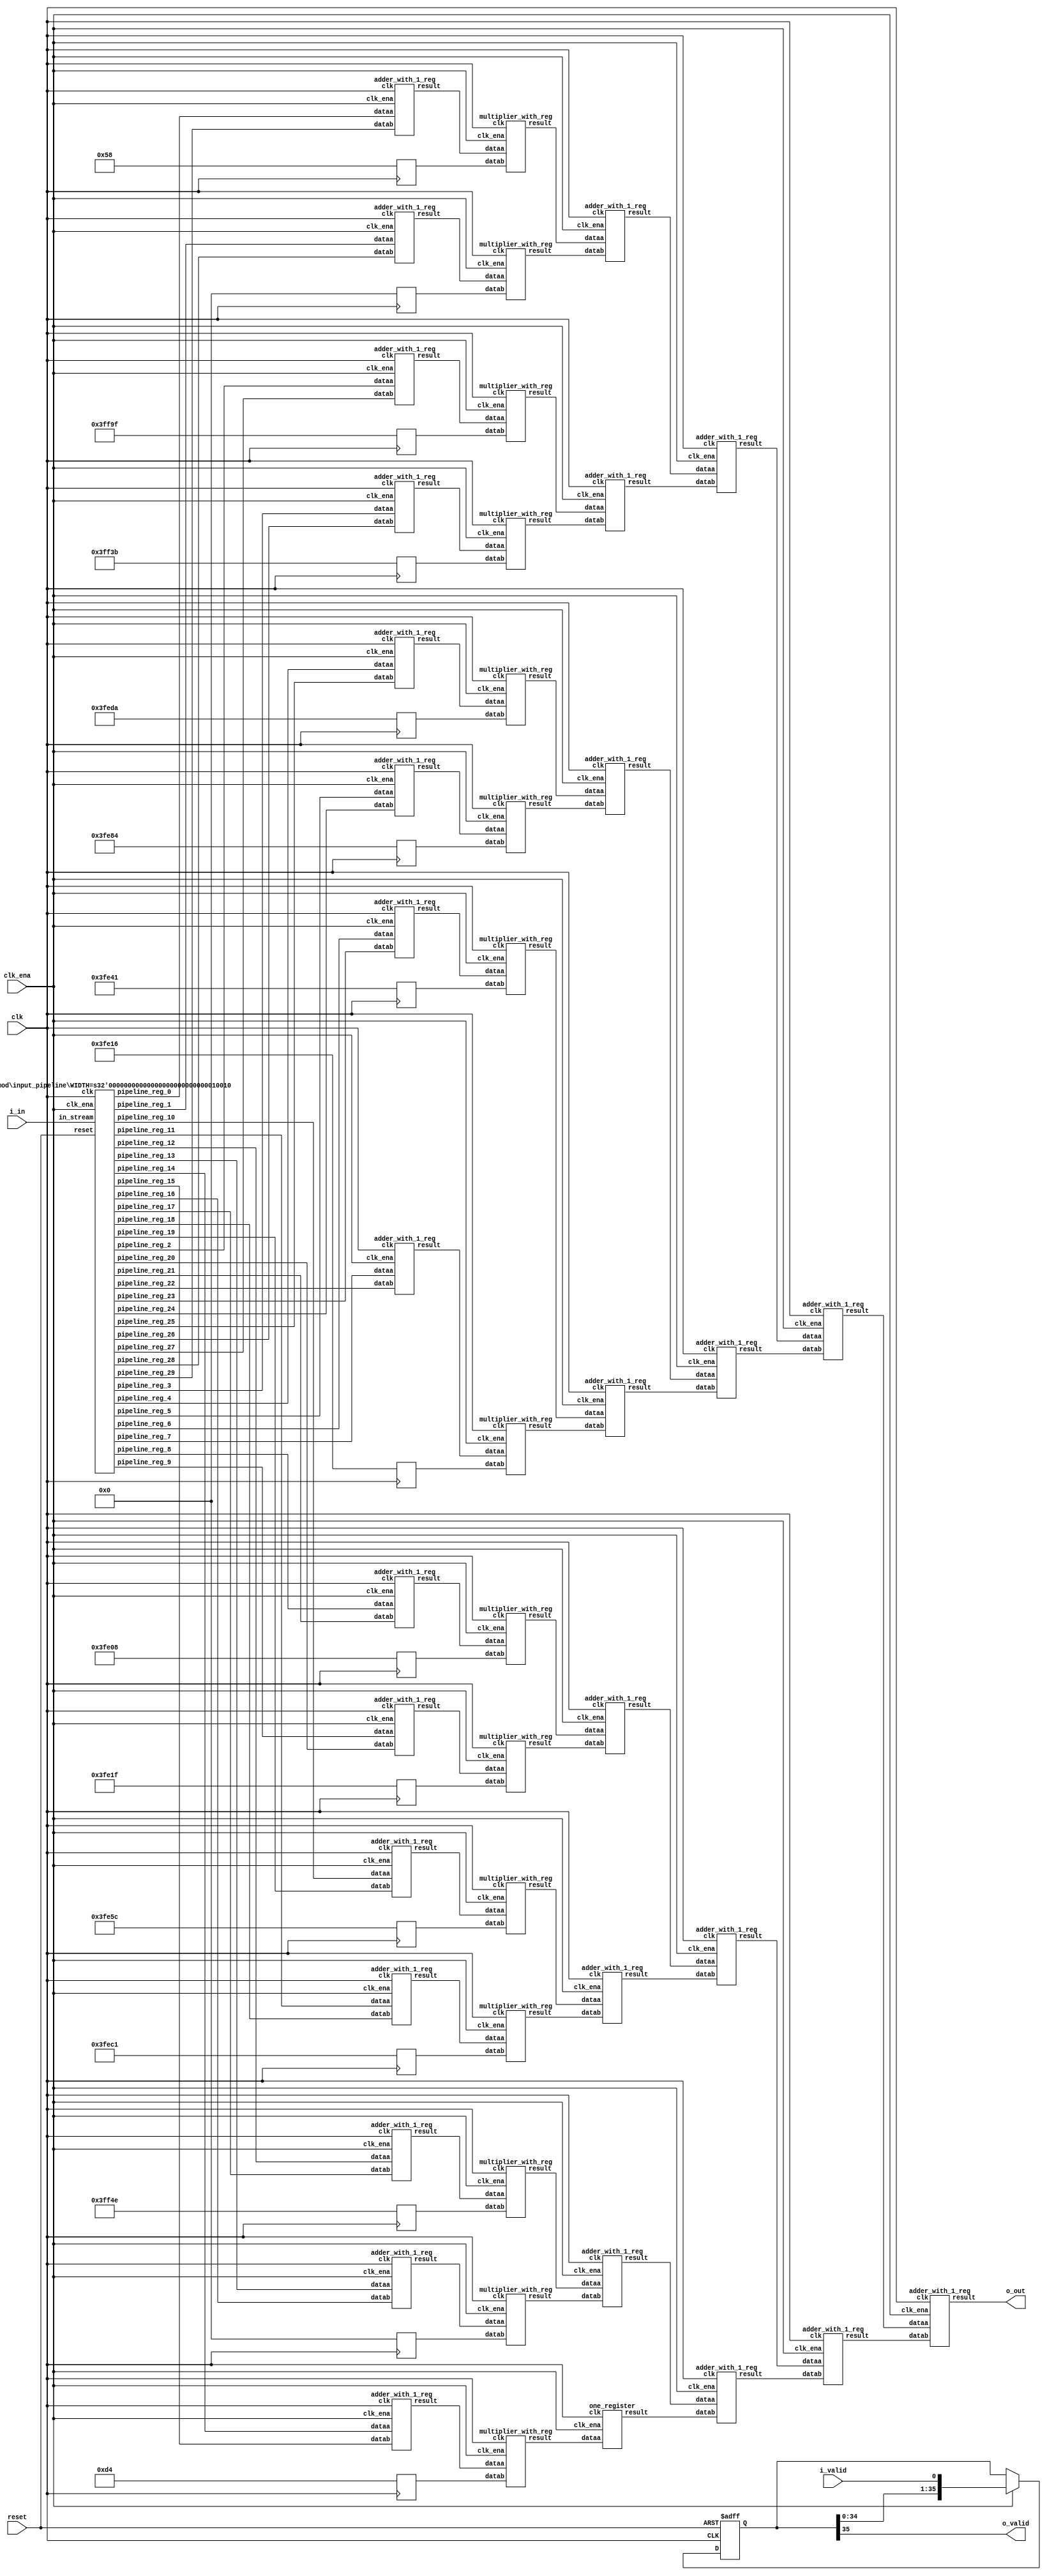
// CONFIG:
// NUM_COEFF = 30
// PIPLINED = 1

// WARNING: more than enough COEFFICIENTS in array (there are 26, and we only need 15)
module fir (
	clk,
	reset,
	clk_ena,
	i_valid,
	i_in,
	o_valid,
	o_out
);
	// Data Width
	parameter dw = 18; //Data input/output bits

	// Number of filter coefficients
	parameter N = 30;
	parameter N_UNIQ = 15; // ciel(N/2) assuming symmetric filter coefficients

	//Number of extra valid cycles needed to align output (i.e. computation pipeline depth + input/output registers
	localparam N_VALID_REGS = 36;

	input clk;
	input reset;
	input clk_ena;
	input i_valid;
	input [dw-1:0] i_in; // signed
	output o_valid;
	output [dw-1:0] o_out; // signed

	// Data Width dervied parameters
	localparam dw_add_int = 18; //Internal adder precision bits
	localparam dw_mult_int = 36; //Internal multiplier precision bits
	localparam scale_factor = 17; //Multiplier normalization shift amount

	// Number of extra registers in INPUT_PIPELINE_REG to prevent contention for CHAIN_END's chain adders
	localparam N_INPUT_REGS = 30;

	// Debug
	// initial begin
	// 	$display ("Data Width: %d", dw);
	// 	$display ("Data Width Add Internal: %d", dw_add_int);
	// 	$display ("Data Width Mult Internal: %d", dw_mult_int);
	// 	$display ("Scale Factor: %d", scale_factor);
	// end

	reg [dw-1:0] COEFFICIENT_0;
	reg [dw-1:0] COEFFICIENT_1;
	reg [dw-1:0] COEFFICIENT_2;
	reg [dw-1:0] COEFFICIENT_3;
	reg [dw-1:0] COEFFICIENT_4;
	reg [dw-1:0] COEFFICIENT_5;
	reg [dw-1:0] COEFFICIENT_6;
	reg [dw-1:0] COEFFICIENT_7;
	reg [dw-1:0] COEFFICIENT_8;
	reg [dw-1:0] COEFFICIENT_9;
	reg [dw-1:0] COEFFICIENT_10;
	reg [dw-1:0] COEFFICIENT_11;
	reg [dw-1:0] COEFFICIENT_12;
	reg [dw-1:0] COEFFICIENT_13;
	reg [dw-1:0] COEFFICIENT_14;

	always@(posedge clk) begin
		COEFFICIENT_0 <= 18'd88;
		COEFFICIENT_1 <= 18'd0;
		COEFFICIENT_2 <= -18'd97;
		COEFFICIENT_3 <= -18'd197;
		COEFFICIENT_4 <= -18'd294;
		COEFFICIENT_5 <= -18'd380;
		COEFFICIENT_6 <= -18'd447;
		COEFFICIENT_7 <= -18'd490;
		COEFFICIENT_8 <= -18'd504;
		COEFFICIENT_9 <= -18'd481;
		COEFFICIENT_10 <= -18'd420;
		COEFFICIENT_11 <= -18'd319;
		COEFFICIENT_12 <= -18'd178;
		COEFFICIENT_13 <= 18'd0;
		COEFFICIENT_14 <= 18'd212;
	end

	////******************************************************
	// *
	// * Valid Delay Pipeline
	// *
	// *****************************************************
	//Input valid signal is pipelined to become output valid signal

	//Valid registers
	reg [N_VALID_REGS-1:0] VALID_PIPELINE_REGS;

	always@(posedge clk or posedge reset) begin
		if(reset) begin
			VALID_PIPELINE_REGS <= 0;
		end else begin
			if(clk_ena) begin
				VALID_PIPELINE_REGS <= {VALID_PIPELINE_REGS[N_VALID_REGS-2:0], i_valid};
			end else begin
				VALID_PIPELINE_REGS <= VALID_PIPELINE_REGS;
			end
		end
	end

	////******************************************************
	// *
	// * Input Register Pipeline
	// *
	// *****************************************************
	//Pipelined input values

	//Input value registers

	wire [dw-1:0] INPUT_PIPELINE_REG_0;
	wire [dw-1:0] INPUT_PIPELINE_REG_1;
	wire [dw-1:0] INPUT_PIPELINE_REG_2;
	wire [dw-1:0] INPUT_PIPELINE_REG_3;
	wire [dw-1:0] INPUT_PIPELINE_REG_4;
	wire [dw-1:0] INPUT_PIPELINE_REG_5;
	wire [dw-1:0] INPUT_PIPELINE_REG_6;
	wire [dw-1:0] INPUT_PIPELINE_REG_7;
	wire [dw-1:0] INPUT_PIPELINE_REG_8;
	wire [dw-1:0] INPUT_PIPELINE_REG_9;
	wire [dw-1:0] INPUT_PIPELINE_REG_10;
	wire [dw-1:0] INPUT_PIPELINE_REG_11;
	wire [dw-1:0] INPUT_PIPELINE_REG_12;
	wire [dw-1:0] INPUT_PIPELINE_REG_13;
	wire [dw-1:0] INPUT_PIPELINE_REG_14;
	wire [dw-1:0] INPUT_PIPELINE_REG_15;
	wire [dw-1:0] INPUT_PIPELINE_REG_16;
	wire [dw-1:0] INPUT_PIPELINE_REG_17;
	wire [dw-1:0] INPUT_PIPELINE_REG_18;
	wire [dw-1:0] INPUT_PIPELINE_REG_19;
	wire [dw-1:0] INPUT_PIPELINE_REG_20;
	wire [dw-1:0] INPUT_PIPELINE_REG_21;
	wire [dw-1:0] INPUT_PIPELINE_REG_22;
	wire [dw-1:0] INPUT_PIPELINE_REG_23;
	wire [dw-1:0] INPUT_PIPELINE_REG_24;
	wire [dw-1:0] INPUT_PIPELINE_REG_25;
	wire [dw-1:0] INPUT_PIPELINE_REG_26;
	wire [dw-1:0] INPUT_PIPELINE_REG_27;
	wire [dw-1:0] INPUT_PIPELINE_REG_28;
	wire [dw-1:0] INPUT_PIPELINE_REG_29;

	input_pipeline in_pipe(
		.clk(clk), .clk_ena(clk_ena),
		.in_stream(i_in),
		.pipeline_reg_0(INPUT_PIPELINE_REG_0),
		.pipeline_reg_1(INPUT_PIPELINE_REG_1),
		.pipeline_reg_2(INPUT_PIPELINE_REG_2),
		.pipeline_reg_3(INPUT_PIPELINE_REG_3),
		.pipeline_reg_4(INPUT_PIPELINE_REG_4),
		.pipeline_reg_5(INPUT_PIPELINE_REG_5),
		.pipeline_reg_6(INPUT_PIPELINE_REG_6),
		.pipeline_reg_7(INPUT_PIPELINE_REG_7),
		.pipeline_reg_8(INPUT_PIPELINE_REG_8),
		.pipeline_reg_9(INPUT_PIPELINE_REG_9),
		.pipeline_reg_10(INPUT_PIPELINE_REG_10),
		.pipeline_reg_11(INPUT_PIPELINE_REG_11),
		.pipeline_reg_12(INPUT_PIPELINE_REG_12),
		.pipeline_reg_13(INPUT_PIPELINE_REG_13),
		.pipeline_reg_14(INPUT_PIPELINE_REG_14),
		.pipeline_reg_15(INPUT_PIPELINE_REG_15),
		.pipeline_reg_16(INPUT_PIPELINE_REG_16),
		.pipeline_reg_17(INPUT_PIPELINE_REG_17),
		.pipeline_reg_18(INPUT_PIPELINE_REG_18),
		.pipeline_reg_19(INPUT_PIPELINE_REG_19),
		.pipeline_reg_20(INPUT_PIPELINE_REG_20),
		.pipeline_reg_21(INPUT_PIPELINE_REG_21),
		.pipeline_reg_22(INPUT_PIPELINE_REG_22),
		.pipeline_reg_23(INPUT_PIPELINE_REG_23),
		.pipeline_reg_24(INPUT_PIPELINE_REG_24),
		.pipeline_reg_25(INPUT_PIPELINE_REG_25),
		.pipeline_reg_26(INPUT_PIPELINE_REG_26),
		.pipeline_reg_27(INPUT_PIPELINE_REG_27),
		.pipeline_reg_28(INPUT_PIPELINE_REG_28),
		.pipeline_reg_29(INPUT_PIPELINE_REG_29),
		.reset(reset)	);
	defparam in_pipe.WIDTH = 18; // = dw
	////******************************************************
	// *
	// * Computation Pipeline
	// *
	// *****************************************************

	// ************************* LEVEL 0 *************************   
	wire [dw-1:0] L0_output_wires_0;
	wire [dw-1:0] L0_output_wires_1;
	wire [dw-1:0] L0_output_wires_2;
	wire [dw-1:0] L0_output_wires_3;
	wire [dw-1:0] L0_output_wires_4;
	wire [dw-1:0] L0_output_wires_5;
	wire [dw-1:0] L0_output_wires_6;
	wire [dw-1:0] L0_output_wires_7;
	wire [dw-1:0] L0_output_wires_8;
	wire [dw-1:0] L0_output_wires_9;
	wire [dw-1:0] L0_output_wires_10;
	wire [dw-1:0] L0_output_wires_11;
	wire [dw-1:0] L0_output_wires_12;
	wire [dw-1:0] L0_output_wires_13;
	wire [dw-1:0] L0_output_wires_14;

	adder_with_1_reg L0_adder_0and29(
		.clk(clk), .clk_ena(clk_ena),
		.dataa (INPUT_PIPELINE_REG_0),
		.datab (INPUT_PIPELINE_REG_29),
		.result(L0_output_wires_0)
	);

	adder_with_1_reg L0_adder_1and28(
		.clk(clk), .clk_ena(clk_ena),
		.dataa (INPUT_PIPELINE_REG_1),
		.datab (INPUT_PIPELINE_REG_28),
		.result(L0_output_wires_1)
	);

	adder_with_1_reg L0_adder_2and27(
		.clk(clk), .clk_ena(clk_ena),
		.dataa (INPUT_PIPELINE_REG_2),
		.datab (INPUT_PIPELINE_REG_27),
		.result(L0_output_wires_2)
	);

	adder_with_1_reg L0_adder_3and26(
		.clk(clk), .clk_ena(clk_ena),
		.dataa (INPUT_PIPELINE_REG_3),
		.datab (INPUT_PIPELINE_REG_26),
		.result(L0_output_wires_3)
	);

	adder_with_1_reg L0_adder_4and25(
		.clk(clk), .clk_ena(clk_ena),
		.dataa (INPUT_PIPELINE_REG_4),
		.datab (INPUT_PIPELINE_REG_25),
		.result(L0_output_wires_4)
	);

	adder_with_1_reg L0_adder_5and24(
		.clk(clk), .clk_ena(clk_ena),
		.dataa (INPUT_PIPELINE_REG_5),
		.datab (INPUT_PIPELINE_REG_24),
		.result(L0_output_wires_5)
	);

	adder_with_1_reg L0_adder_6and23(
		.clk(clk), .clk_ena(clk_ena),
		.dataa (INPUT_PIPELINE_REG_6),
		.datab (INPUT_PIPELINE_REG_23),
		.result(L0_output_wires_6)
	);

	adder_with_1_reg L0_adder_7and22(
		.clk(clk), .clk_ena(clk_ena),
		.dataa (INPUT_PIPELINE_REG_7),
		.datab (INPUT_PIPELINE_REG_22),
		.result(L0_output_wires_7)
	);

	adder_with_1_reg L0_adder_8and21(
		.clk(clk), .clk_ena(clk_ena),
		.dataa (INPUT_PIPELINE_REG_8),
		.datab (INPUT_PIPELINE_REG_21),
		.result(L0_output_wires_8)
	);

	adder_with_1_reg L0_adder_9and20(
		.clk(clk), .clk_ena(clk_ena),
		.dataa (INPUT_PIPELINE_REG_9),
		.datab (INPUT_PIPELINE_REG_20),
		.result(L0_output_wires_9)
	);

	adder_with_1_reg L0_adder_10and19(
		.clk(clk), .clk_ena(clk_ena),
		.dataa (INPUT_PIPELINE_REG_10),
		.datab (INPUT_PIPELINE_REG_19),
		.result(L0_output_wires_10)
	);

	adder_with_1_reg L0_adder_11and18(
		.clk(clk), .clk_ena(clk_ena),
		.dataa (INPUT_PIPELINE_REG_11),
		.datab (INPUT_PIPELINE_REG_18),
		.result(L0_output_wires_11)
	);

	adder_with_1_reg L0_adder_12and17(
		.clk(clk), .clk_ena(clk_ena),
		.dataa (INPUT_PIPELINE_REG_12),
		.datab (INPUT_PIPELINE_REG_17),
		.result(L0_output_wires_12)
	);

	adder_with_1_reg L0_adder_13and16(
		.clk(clk), .clk_ena(clk_ena),
		.dataa (INPUT_PIPELINE_REG_13),
		.datab (INPUT_PIPELINE_REG_16),
		.result(L0_output_wires_13)
	);

	adder_with_1_reg L0_adder_14and15(
		.clk(clk), .clk_ena(clk_ena),
		.dataa (INPUT_PIPELINE_REG_14),
		.datab (INPUT_PIPELINE_REG_15),
		.result(L0_output_wires_14)
	);

	// (15 main tree Adders)

	// ************************* LEVEL 1 *************************   
	// **************** Multipliers ****************   
	wire [dw-1:0] L1_mult_wires_0;
	wire [dw-1:0] L1_mult_wires_1;
	wire [dw-1:0] L1_mult_wires_2;
	wire [dw-1:0] L1_mult_wires_3;
	wire [dw-1:0] L1_mult_wires_4;
	wire [dw-1:0] L1_mult_wires_5;
	wire [dw-1:0] L1_mult_wires_6;
	wire [dw-1:0] L1_mult_wires_7;
	wire [dw-1:0] L1_mult_wires_8;
	wire [dw-1:0] L1_mult_wires_9;
	wire [dw-1:0] L1_mult_wires_10;
	wire [dw-1:0] L1_mult_wires_11;
	wire [dw-1:0] L1_mult_wires_12;
	wire [dw-1:0] L1_mult_wires_13;
	wire [dw-1:0] L1_mult_wires_14;

	multiplier_with_reg L1_mul_0(
		.clk(clk), .clk_ena(clk_ena),
		.dataa (L0_output_wires_0),
		.datab (COEFFICIENT_0),
		.result(L1_mult_wires_0)
	);

	multiplier_with_reg L1_mul_1(
		.clk(clk), .clk_ena(clk_ena),
		.dataa (L0_output_wires_1),
		.datab (COEFFICIENT_1),
		.result(L1_mult_wires_1)
	);

	multiplier_with_reg L1_mul_2(
		.clk(clk), .clk_ena(clk_ena),
		.dataa (L0_output_wires_2),
		.datab (COEFFICIENT_2),
		.result(L1_mult_wires_2)
	);

	multiplier_with_reg L1_mul_3(
		.clk(clk), .clk_ena(clk_ena),
		.dataa (L0_output_wires_3),
		.datab (COEFFICIENT_3),
		.result(L1_mult_wires_3)
	);

	multiplier_with_reg L1_mul_4(
		.clk(clk), .clk_ena(clk_ena),
		.dataa (L0_output_wires_4),
		.datab (COEFFICIENT_4),
		.result(L1_mult_wires_4)
	);

	multiplier_with_reg L1_mul_5(
		.clk(clk), .clk_ena(clk_ena),
		.dataa (L0_output_wires_5),
		.datab (COEFFICIENT_5),
		.result(L1_mult_wires_5)
	);

	multiplier_with_reg L1_mul_6(
		.clk(clk), .clk_ena(clk_ena),
		.dataa (L0_output_wires_6),
		.datab (COEFFICIENT_6),
		.result(L1_mult_wires_6)
	);

	multiplier_with_reg L1_mul_7(
		.clk(clk), .clk_ena(clk_ena),
		.dataa (L0_output_wires_7),
		.datab (COEFFICIENT_7),
		.result(L1_mult_wires_7)
	);

	multiplier_with_reg L1_mul_8(
		.clk(clk), .clk_ena(clk_ena),
		.dataa (L0_output_wires_8),
		.datab (COEFFICIENT_8),
		.result(L1_mult_wires_8)
	);

	multiplier_with_reg L1_mul_9(
		.clk(clk), .clk_ena(clk_ena),
		.dataa (L0_output_wires_9),
		.datab (COEFFICIENT_9),
		.result(L1_mult_wires_9)
	);

	multiplier_with_reg L1_mul_10(
		.clk(clk), .clk_ena(clk_ena),
		.dataa (L0_output_wires_10),
		.datab (COEFFICIENT_10),
		.result(L1_mult_wires_10)
	);

	multiplier_with_reg L1_mul_11(
		.clk(clk), .clk_ena(clk_ena),
		.dataa (L0_output_wires_11),
		.datab (COEFFICIENT_11),
		.result(L1_mult_wires_11)
	);

	multiplier_with_reg L1_mul_12(
		.clk(clk), .clk_ena(clk_ena),
		.dataa (L0_output_wires_12),
		.datab (COEFFICIENT_12),
		.result(L1_mult_wires_12)
	);

	multiplier_with_reg L1_mul_13(
		.clk(clk), .clk_ena(clk_ena),
		.dataa (L0_output_wires_13),
		.datab (COEFFICIENT_13),
		.result(L1_mult_wires_13)
	);

	multiplier_with_reg L1_mul_14(
		.clk(clk), .clk_ena(clk_ena),
		.dataa (L0_output_wires_14),
		.datab (COEFFICIENT_14),
		.result(L1_mult_wires_14)
	);

	// (15 Multipliers)

	// **************** Adders ****************   
	wire [dw-1:0] L1_output_wires_0;
	wire [dw-1:0] L1_output_wires_1;
	wire [dw-1:0] L1_output_wires_2;
	wire [dw-1:0] L1_output_wires_3;
	wire [dw-1:0] L1_output_wires_4;
	wire [dw-1:0] L1_output_wires_5;
	wire [dw-1:0] L1_output_wires_6;
	wire [dw-1:0] L1_output_wires_7;

	adder_with_1_reg L1_adder_0and1(
		.clk(clk), .clk_ena(clk_ena),
		.dataa (L1_mult_wires_0),
		.datab (L1_mult_wires_1),
		.result(L1_output_wires_0)
	);

	adder_with_1_reg L1_adder_2and3(
		.clk(clk), .clk_ena(clk_ena),
		.dataa (L1_mult_wires_2),
		.datab (L1_mult_wires_3),
		.result(L1_output_wires_1)
	);

	adder_with_1_reg L1_adder_4and5(
		.clk(clk), .clk_ena(clk_ena),
		.dataa (L1_mult_wires_4),
		.datab (L1_mult_wires_5),
		.result(L1_output_wires_2)
	);

	adder_with_1_reg L1_adder_6and7(
		.clk(clk), .clk_ena(clk_ena),
		.dataa (L1_mult_wires_6),
		.datab (L1_mult_wires_7),
		.result(L1_output_wires_3)
	);

	adder_with_1_reg L1_adder_8and9(
		.clk(clk), .clk_ena(clk_ena),
		.dataa (L1_mult_wires_8),
		.datab (L1_mult_wires_9),
		.result(L1_output_wires_4)
	);

	adder_with_1_reg L1_adder_10and11(
		.clk(clk), .clk_ena(clk_ena),
		.dataa (L1_mult_wires_10),
		.datab (L1_mult_wires_11),
		.result(L1_output_wires_5)
	);

	adder_with_1_reg L1_adder_12and13(
		.clk(clk), .clk_ena(clk_ena),
		.dataa (L1_mult_wires_12),
		.datab (L1_mult_wires_13),
		.result(L1_output_wires_6)
	);

	// (7 main tree Adders)

	// ********* Byes ********   
	one_register L1_byereg_for_14(
		.clk(clk), .clk_ena(clk_ena),
		.dataa (L1_mult_wires_14),
		.result(L1_output_wires_7)
	);

	// (1 byes)

	// ************************* LEVEL 2 *************************   
	wire [dw-1:0] L2_output_wires_0;
	wire [dw-1:0] L2_output_wires_1;
	wire [dw-1:0] L2_output_wires_2;
	wire [dw-1:0] L2_output_wires_3;

	adder_with_1_reg L2_adder_0and1(
		.clk(clk), .clk_ena(clk_ena),
		.dataa (L1_output_wires_0),
		.datab (L1_output_wires_1),
		.result(L2_output_wires_0)
	);

	adder_with_1_reg L2_adder_2and3(
		.clk(clk), .clk_ena(clk_ena),
		.dataa (L1_output_wires_2),
		.datab (L1_output_wires_3),
		.result(L2_output_wires_1)
	);

	adder_with_1_reg L2_adder_4and5(
		.clk(clk), .clk_ena(clk_ena),
		.dataa (L1_output_wires_4),
		.datab (L1_output_wires_5),
		.result(L2_output_wires_2)
	);

	adder_with_1_reg L2_adder_6and7(
		.clk(clk), .clk_ena(clk_ena),
		.dataa (L1_output_wires_6),
		.datab (L1_output_wires_7),
		.result(L2_output_wires_3)
	);

	// (4 main tree Adders)

	// ************************* LEVEL 3 *************************   
	wire [dw-1:0] L3_output_wires_0;
	wire [dw-1:0] L3_output_wires_1;

	adder_with_1_reg L3_adder_0and1(
		.clk(clk), .clk_ena(clk_ena),
		.dataa (L2_output_wires_0),
		.datab (L2_output_wires_1),
		.result(L3_output_wires_0)
	);

	adder_with_1_reg L3_adder_2and3(
		.clk(clk), .clk_ena(clk_ena),
		.dataa (L2_output_wires_2),
		.datab (L2_output_wires_3),
		.result(L3_output_wires_1)
	);

	// (2 main tree Adders)

	// ************************* LEVEL 4 *************************   
	wire [dw-1:0] L4_output_wires_0;

	adder_with_1_reg L4_adder_0and1(
		.clk(clk), .clk_ena(clk_ena),
		.dataa (L3_output_wires_0),
		.datab (L3_output_wires_1),
		.result(L4_output_wires_0)
	);

	// (1 main tree Adders)

	////******************************************************
	// *
	// * Output Logic
	// *
	// *****************************************************
	//Actual outputs
	assign o_out = L4_output_wires_0;

	assign o_valid = VALID_PIPELINE_REGS[N_VALID_REGS-1];

endmodule


module input_pipeline (
	clk,
	clk_ena,
	in_stream,
	pipeline_reg_0,
	pipeline_reg_1,
	pipeline_reg_2,
	pipeline_reg_3,
	pipeline_reg_4,
	pipeline_reg_5,
	pipeline_reg_6,
	pipeline_reg_7,
	pipeline_reg_8,
	pipeline_reg_9,
	pipeline_reg_10,
	pipeline_reg_11,
	pipeline_reg_12,
	pipeline_reg_13,
	pipeline_reg_14,
	pipeline_reg_15,
	pipeline_reg_16,
	pipeline_reg_17,
	pipeline_reg_18,
	pipeline_reg_19,
	pipeline_reg_20,
	pipeline_reg_21,
	pipeline_reg_22,
	pipeline_reg_23,
	pipeline_reg_24,
	pipeline_reg_25,
	pipeline_reg_26,
	pipeline_reg_27,
	pipeline_reg_28,
	pipeline_reg_29,
	reset);
	parameter WIDTH = 1;
	//Input value registers
	input clk;
	input clk_ena;
	input [WIDTH-1:0] in_stream;
	output [WIDTH-1:0] pipeline_reg_0;
	output [WIDTH-1:0] pipeline_reg_1;
	output [WIDTH-1:0] pipeline_reg_2;
	output [WIDTH-1:0] pipeline_reg_3;
	output [WIDTH-1:0] pipeline_reg_4;
	output [WIDTH-1:0] pipeline_reg_5;
	output [WIDTH-1:0] pipeline_reg_6;
	output [WIDTH-1:0] pipeline_reg_7;
	output [WIDTH-1:0] pipeline_reg_8;
	output [WIDTH-1:0] pipeline_reg_9;
	output [WIDTH-1:0] pipeline_reg_10;
	output [WIDTH-1:0] pipeline_reg_11;
	output [WIDTH-1:0] pipeline_reg_12;
	output [WIDTH-1:0] pipeline_reg_13;
	output [WIDTH-1:0] pipeline_reg_14;
	output [WIDTH-1:0] pipeline_reg_15;
	output [WIDTH-1:0] pipeline_reg_16;
	output [WIDTH-1:0] pipeline_reg_17;
	output [WIDTH-1:0] pipeline_reg_18;
	output [WIDTH-1:0] pipeline_reg_19;
	output [WIDTH-1:0] pipeline_reg_20;
	output [WIDTH-1:0] pipeline_reg_21;
	output [WIDTH-1:0] pipeline_reg_22;
	output [WIDTH-1:0] pipeline_reg_23;
	output [WIDTH-1:0] pipeline_reg_24;
	output [WIDTH-1:0] pipeline_reg_25;
	output [WIDTH-1:0] pipeline_reg_26;
	output [WIDTH-1:0] pipeline_reg_27;
	output [WIDTH-1:0] pipeline_reg_28;
	output [WIDTH-1:0] pipeline_reg_29;
	reg [WIDTH-1:0] pipeline_reg_0;
	reg [WIDTH-1:0] pipeline_reg_1;
	reg [WIDTH-1:0] pipeline_reg_2;
	reg [WIDTH-1:0] pipeline_reg_3;
	reg [WIDTH-1:0] pipeline_reg_4;
	reg [WIDTH-1:0] pipeline_reg_5;
	reg [WIDTH-1:0] pipeline_reg_6;
	reg [WIDTH-1:0] pipeline_reg_7;
	reg [WIDTH-1:0] pipeline_reg_8;
	reg [WIDTH-1:0] pipeline_reg_9;
	reg [WIDTH-1:0] pipeline_reg_10;
	reg [WIDTH-1:0] pipeline_reg_11;
	reg [WIDTH-1:0] pipeline_reg_12;
	reg [WIDTH-1:0] pipeline_reg_13;
	reg [WIDTH-1:0] pipeline_reg_14;
	reg [WIDTH-1:0] pipeline_reg_15;
	reg [WIDTH-1:0] pipeline_reg_16;
	reg [WIDTH-1:0] pipeline_reg_17;
	reg [WIDTH-1:0] pipeline_reg_18;
	reg [WIDTH-1:0] pipeline_reg_19;
	reg [WIDTH-1:0] pipeline_reg_20;
	reg [WIDTH-1:0] pipeline_reg_21;
	reg [WIDTH-1:0] pipeline_reg_22;
	reg [WIDTH-1:0] pipeline_reg_23;
	reg [WIDTH-1:0] pipeline_reg_24;
	reg [WIDTH-1:0] pipeline_reg_25;
	reg [WIDTH-1:0] pipeline_reg_26;
	reg [WIDTH-1:0] pipeline_reg_27;
	reg [WIDTH-1:0] pipeline_reg_28;
	reg [WIDTH-1:0] pipeline_reg_29;
	input reset;

	always@(posedge clk or posedge reset) begin
		if(reset) begin
			pipeline_reg_0 <= 0;
			pipeline_reg_1 <= 0;
			pipeline_reg_2 <= 0;
			pipeline_reg_3 <= 0;
			pipeline_reg_4 <= 0;
			pipeline_reg_5 <= 0;
			pipeline_reg_6 <= 0;
			pipeline_reg_7 <= 0;
			pipeline_reg_8 <= 0;
			pipeline_reg_9 <= 0;
			pipeline_reg_10 <= 0;
			pipeline_reg_11 <= 0;
			pipeline_reg_12 <= 0;
			pipeline_reg_13 <= 0;
			pipeline_reg_14 <= 0;
			pipeline_reg_15 <= 0;
			pipeline_reg_16 <= 0;
			pipeline_reg_17 <= 0;
			pipeline_reg_18 <= 0;
			pipeline_reg_19 <= 0;
			pipeline_reg_20 <= 0;
			pipeline_reg_21 <= 0;
			pipeline_reg_22 <= 0;
			pipeline_reg_23 <= 0;
			pipeline_reg_24 <= 0;
			pipeline_reg_25 <= 0;
			pipeline_reg_26 <= 0;
			pipeline_reg_27 <= 0;
			pipeline_reg_28 <= 0;
			pipeline_reg_29 <= 0;
		end else begin
			if(clk_ena) begin
				pipeline_reg_0 <= in_stream;
				pipeline_reg_1 <= pipeline_reg_0;
				pipeline_reg_2 <= pipeline_reg_1;
				pipeline_reg_3 <= pipeline_reg_2;
				pipeline_reg_4 <= pipeline_reg_3;
				pipeline_reg_5 <= pipeline_reg_4;
				pipeline_reg_6 <= pipeline_reg_5;
				pipeline_reg_7 <= pipeline_reg_6;
				pipeline_reg_8 <= pipeline_reg_7;
				pipeline_reg_9 <= pipeline_reg_8;
				pipeline_reg_10 <= pipeline_reg_9;
				pipeline_reg_11 <= pipeline_reg_10;
				pipeline_reg_12 <= pipeline_reg_11;
				pipeline_reg_13 <= pipeline_reg_12;
				pipeline_reg_14 <= pipeline_reg_13;
				pipeline_reg_15 <= pipeline_reg_14;
				pipeline_reg_16 <= pipeline_reg_15;
				pipeline_reg_17 <= pipeline_reg_16;
				pipeline_reg_18 <= pipeline_reg_17;
				pipeline_reg_19 <= pipeline_reg_18;
				pipeline_reg_20 <= pipeline_reg_19;
				pipeline_reg_21 <= pipeline_reg_20;
				pipeline_reg_22 <= pipeline_reg_21;
				pipeline_reg_23 <= pipeline_reg_22;
				pipeline_reg_24 <= pipeline_reg_23;
				pipeline_reg_25 <= pipeline_reg_24;
				pipeline_reg_26 <= pipeline_reg_25;
				pipeline_reg_27 <= pipeline_reg_26;
				pipeline_reg_28 <= pipeline_reg_27;
				pipeline_reg_29 <= pipeline_reg_28;
			end //else begin
				//pipeline_reg_0 <= pipeline_reg_0;
				//pipeline_reg_1 <= pipeline_reg_1;
				//pipeline_reg_2 <= pipeline_reg_2;
				//pipeline_reg_3 <= pipeline_reg_3;
				//pipeline_reg_4 <= pipeline_reg_4;
				//pipeline_reg_5 <= pipeline_reg_5;
				//pipeline_reg_6 <= pipeline_reg_6;
				//pipeline_reg_7 <= pipeline_reg_7;
				//pipeline_reg_8 <= pipeline_reg_8;
				//pipeline_reg_9 <= pipeline_reg_9;
				//pipeline_reg_10 <= pipeline_reg_10;
				//pipeline_reg_11 <= pipeline_reg_11;
				//pipeline_reg_12 <= pipeline_reg_12;
				//pipeline_reg_13 <= pipeline_reg_13;
				//pipeline_reg_14 <= pipeline_reg_14;
				//pipeline_reg_15 <= pipeline_reg_15;
				//pipeline_reg_16 <= pipeline_reg_16;
				//pipeline_reg_17 <= pipeline_reg_17;
				//pipeline_reg_18 <= pipeline_reg_18;
				//pipeline_reg_19 <= pipeline_reg_19;
				//pipeline_reg_20 <= pipeline_reg_20;
				//pipeline_reg_21 <= pipeline_reg_21;
				//pipeline_reg_22 <= pipeline_reg_22;
				//pipeline_reg_23 <= pipeline_reg_23;
				//pipeline_reg_24 <= pipeline_reg_24;
				//pipeline_reg_25 <= pipeline_reg_25;
				//pipeline_reg_26 <= pipeline_reg_26;
				//pipeline_reg_27 <= pipeline_reg_27;
				//pipeline_reg_28 <= pipeline_reg_28;
				//pipeline_reg_29 <= pipeline_reg_29;
			//end
		end
	end
endmodule


module adder_with_1_reg (
	clk,
	clk_ena,
	dataa,
	datab,
	result);

	input	  clk;
	input	  clk_ena;
	input	[17:0]  dataa;
	input	[17:0]  datab;
	output	[17:0]  result;

	reg     [17:0]  result;

	always @(posedge clk) begin
		if(clk_ena) begin
			result <= dataa + datab;
		end
	end

endmodule


module multiplier_with_reg (
	clk,
	clk_ena,
	dataa,
	datab,
	result);

	input	  clk;
	input	  clk_ena;
	input	[17:0]  dataa;
	input	[17:0]  datab;
	output	[17:0]  result;

	reg     [17:0]  result;

	always @(posedge clk) begin
		if(clk_ena) begin
			result <= dataa * datab;
		end
	end

endmodule


module one_register (
	clk,
	clk_ena,
	dataa,
	result);

	input	  clk;
	input	  clk_ena;
	input	[17:0]  dataa;
	output	[17:0]  result;

	reg     [17:0]  result;

	always @(posedge clk) begin
		if(clk_ena) begin
			result <= dataa;
		end
	end

endmodule